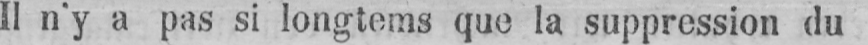
Il n’y a pas si longtems que la suppression du